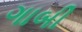
ગાબી